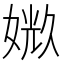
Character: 𪦉